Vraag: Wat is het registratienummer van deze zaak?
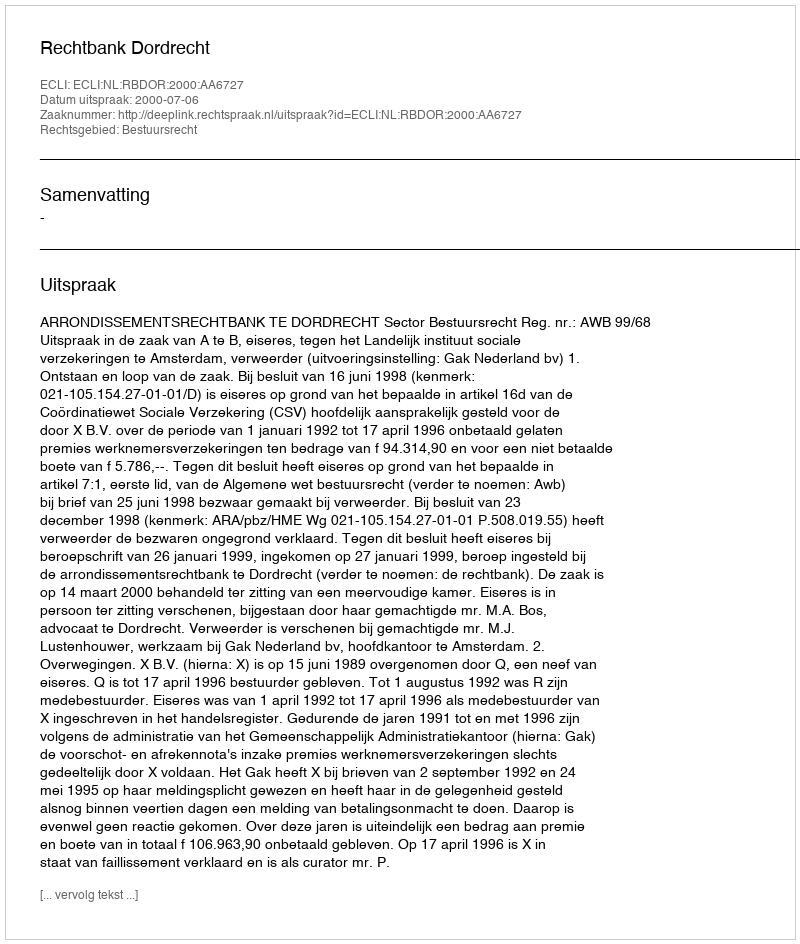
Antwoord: http://deeplink.rechtspraak.nl/uitspraak?id=ECLI:NL:RBDOR:2000:AA6727